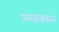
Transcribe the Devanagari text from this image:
अवाकात्ल